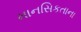
માનસિકતાના